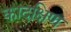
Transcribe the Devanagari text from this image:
कादक्षिण